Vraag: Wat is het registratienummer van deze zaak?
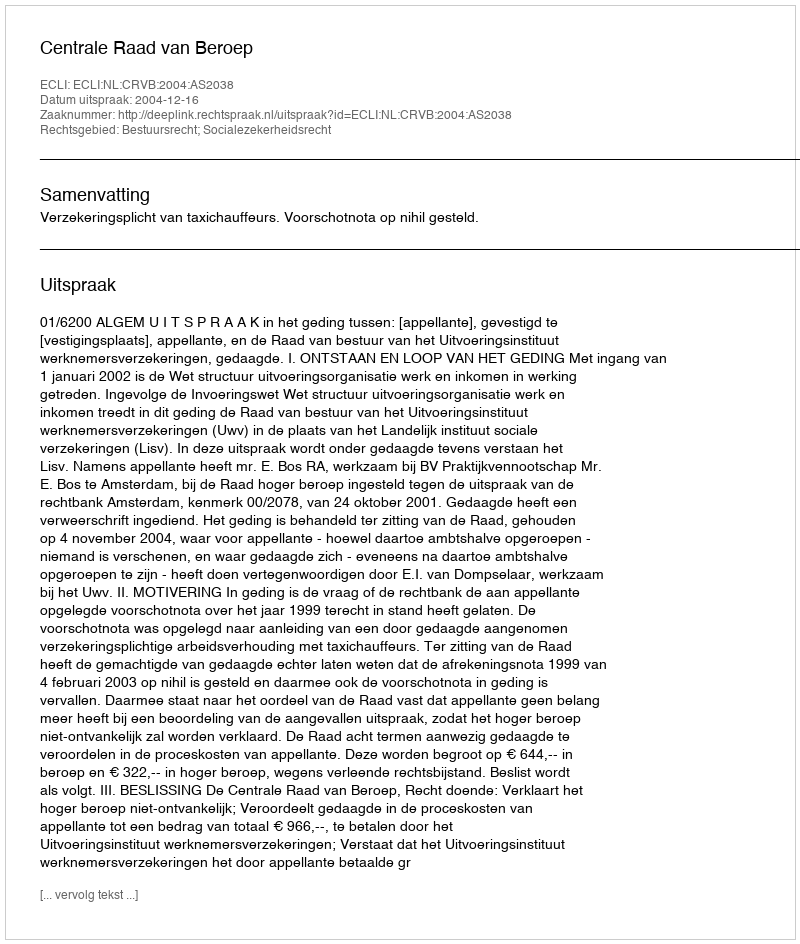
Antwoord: http://deeplink.rechtspraak.nl/uitspraak?id=ECLI:NL:CRVB:2004:AS2038